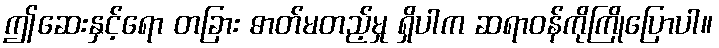
ဤဆေးနှင့်ရော တခြား ဓာတ်မတည့်မှု ရှိပါက ဆရာဝန်ကိုကြိုပြောပါ။